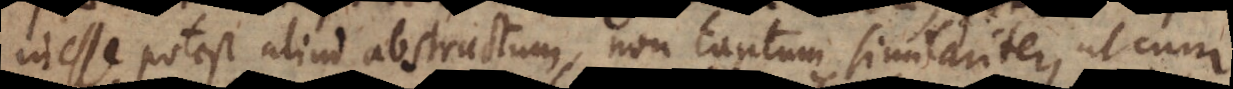
inesse potest aliud abstractum, non tantum similariter, ut cum